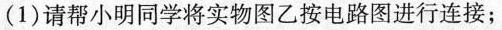
(1)请帮小明同学将实物图乙按电路图进行连接；